Report on vaccination in the Province of Bengal - 1874-1889
Year: 1874
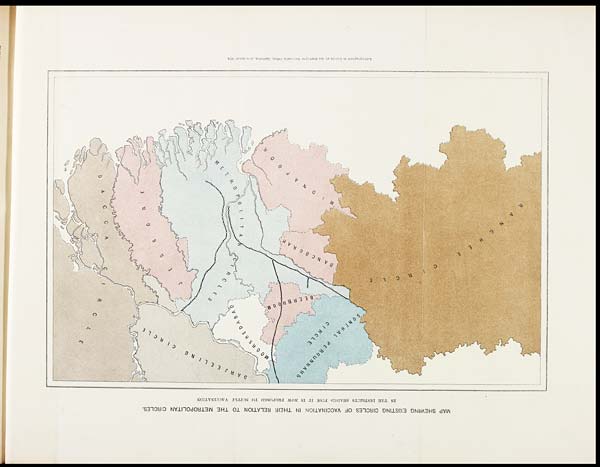
MAP SHEWING EXISTING CIRCLES OF VACCINATION IN THEIR RELATION TO THE METROPOLITAN CIRCLES.
IN THE DISTRICTS SHADED PINK IT IS NOW PROPOSED TO SUPPLY VACCINATION
Lithographed in Colors at the Surveyor General's Office, Calcutta, November 1874.